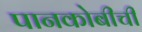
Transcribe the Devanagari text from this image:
पानकोबीची